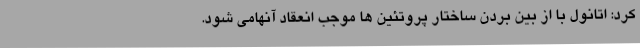
کرد: اتانول با از بین بردن ساختار پروتئین ها موجب انعقاد آنهامی شود.